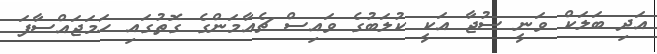
އަދި ބަލަކް ވަނީ ސުޖާ އަކީ ކުލަބުގެ ވައިސް ޗެއާމަންގެ ގޮތުގައި ހަމަޖައްސާފަ